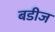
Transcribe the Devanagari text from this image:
बडीज